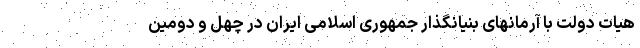
هیات دولت با آرمانهای بنیانگذار جمهوری اسلامی ایران در چهل و دومین